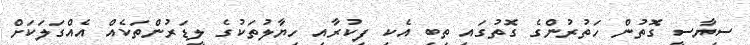
ސިޔާސީ ގޮތުން ހަތުރުންގެ ގޮތުގައި ތިބި އެކި ފިކުރާއި ހިޔާލުތަކުގެ ލީޑަރުންތަކެއް އެއްގަލަކަށް